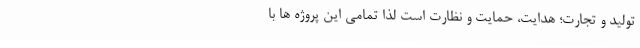
تولید و تجارت؛ هدایت، حمایت و نظارت است لذا تمامی این پروژه ها با